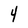
Character: 4